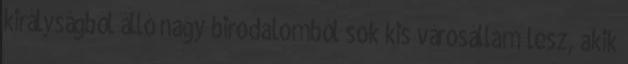
királyságból álló nagy birodalomból sok kis városállam lesz, akik